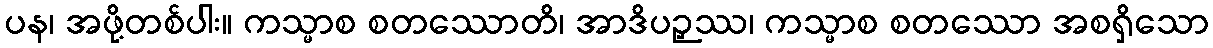
ပန၊ အဖို့တစ်ပါး။ ကသ္မာစ စတဿောတိ၊ အာဒိပဉှဿ၊ ကသ္မာစ စတဿော အစရှိသော